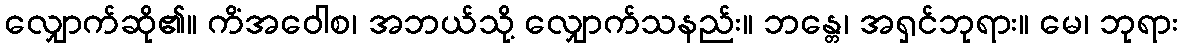
လျှောက်ဆို၏။ ကိံအဝေါစ၊ အဘယ်သို့ လျှောက်သနည်း။ ဘန္တေ၊ အရှင်ဘုရား။ မေ၊ ဘုရား